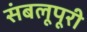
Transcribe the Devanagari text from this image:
संबलूपूरी